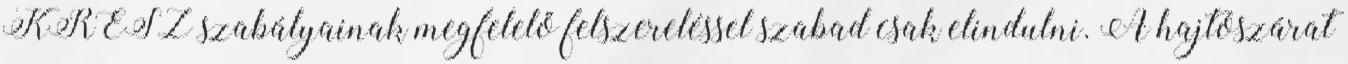
KRESZ szabályainak megfelelő felszereléssel szabad csak elindulni. A hajtószárat